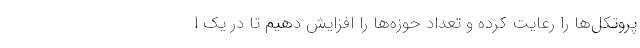
پروتکل‌ها را رعایت کرده و تعداد حوزه‌ها را افزایش دهیم تا در یک ا